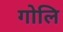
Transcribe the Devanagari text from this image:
गोलि